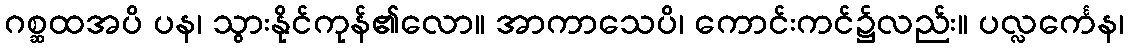
ဂစ္ဆထအပိ ပန၊ သွားနိုင်ကုန်၏လော။ အာကာသေပိ၊ ကောင်းကင်၌လည်း။ ပလ္လင်္ကေန၊